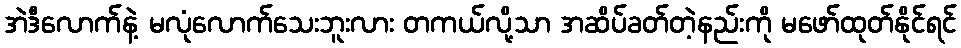
အဲဒီလောက်နဲ့ မလုံလောက်သေးဘူးလား တကယ်လို့သာ အဆိပ်ခတ်တဲ့နည်းကို မဖော်ထုတ်နိုင်ရင်